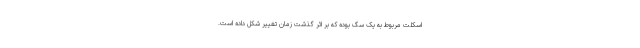
اسکلت مربوط به یک سگ بوده که بر اثر گذشت زمان تغییر شکل داده است.